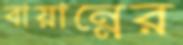
বায়ান্নের